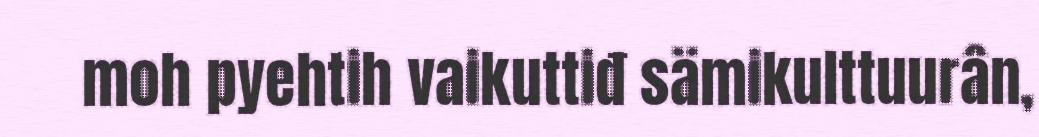
moh pyehtih vaikuttiđ sämikulttuurân,